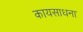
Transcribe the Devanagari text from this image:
कायसाधना